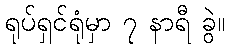
ရုပ်ရှင်ရုံမှာ ၇ နာရီ ခွဲ။